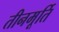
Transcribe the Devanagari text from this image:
तीनमूर्ति